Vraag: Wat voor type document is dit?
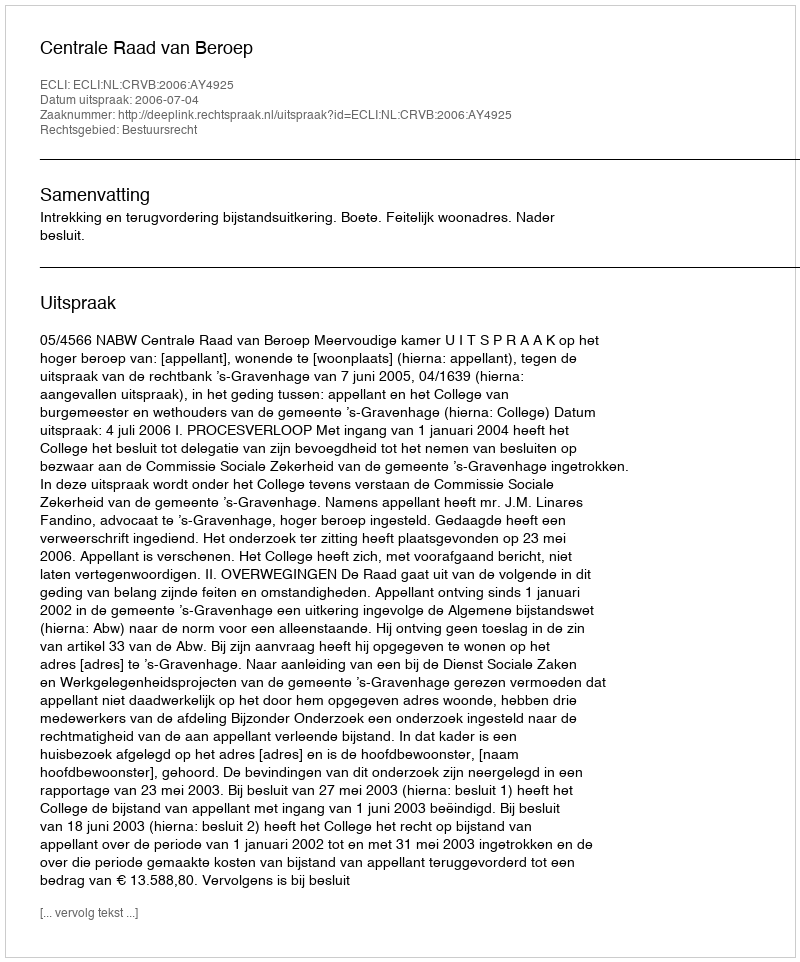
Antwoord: Uitspraak